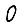
Digit: 0